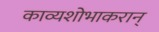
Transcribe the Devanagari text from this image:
काव्यशोभाकरान्